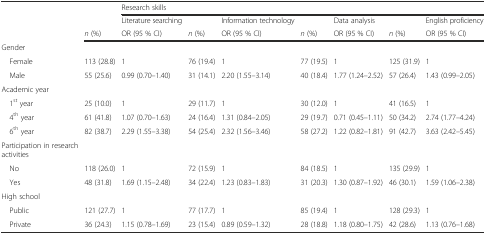
<table><thead><tr><td></td><td></td><td colspan="7"><b>Research skills</b></td></tr><tr><td rowspan="2"></td><td></td><td><b>Literature searching</b></td><td></td><td><b>Information technology</b></td><td></td><td><b>Data analysis</b></td><td></td><td><b>English proficiency</b></td></tr><tr><td><b><i>n</i> (%)</b></td><td><b>OR (95 % CI)</b></td><td><b><i>n</i> (%)</b></td><td><b>OR (95 % CI)</b></td><td><b><i>n</i> (%)</b></td><td><b>OR (95 % CI)</b></td><td><b><i>n</i> (%)</b></td><td><b>OR (95 % CI)</b></td></tr></thead><tbody><tr><td>Gender</td><td></td><td></td><td></td><td></td><td></td><td></td><td></td><td></td></tr><tr><td> Female</td><td>113 (28.8)</td><td>1</td><td>76 (19.4)</td><td>1</td><td>77 (19.5)</td><td>1</td><td>125 (31.9)</td><td>1</td></tr><tr><td> Male</td><td>55 (25.6)</td><td>0.99 (0.70–1.40)</td><td>31 (14.1)</td><td>2.20 (1.55–3.14)</td><td>40 (18.4)</td><td>1.77 (1.24–2.52)</td><td>57 (26.4)</td><td>1.43 (0.99–2.05)</td></tr><tr><td>Academic year</td><td></td><td></td><td></td><td></td><td></td><td></td><td></td><td></td></tr><tr><td> 1<sup>st</sup> year</td><td>25 (10.0)</td><td>1</td><td>29 (11.7)</td><td>1</td><td>30 (12.0)</td><td>1</td><td>41 (16.5)</td><td>1</td></tr><tr><td> 4<sup>th</sup> year</td><td>61 (41.8)</td><td>1.07 (0.70–1.63)</td><td>24 (16.4)</td><td>1.31 (0.84–2.05)</td><td>29 (19.7)</td><td>0.71 (0.45–1.11)</td><td>50 (34.2)</td><td>2.74 (1.77–4.24)</td></tr><tr><td> 6<sup>th</sup> year</td><td>82 (38.7)</td><td>2.29 (1.55–3.38)</td><td>54 (25.4)</td><td>2.32 (1.56–3.46)</td><td>58 (27.2)</td><td>1.22 (0.82–1.81)</td><td>91 (42.7)</td><td>3.63 (2.42–5.45)</td></tr><tr><td>Participation in research activities</td><td></td><td></td><td></td><td></td><td></td><td></td><td></td><td></td></tr><tr><td> No</td><td>118 (26.0)</td><td>1</td><td>72 (15.9)</td><td>1</td><td>84 (18.5)</td><td>1</td><td>135 (29.9)</td><td>1</td></tr><tr><td> Yes</td><td>48 (31.8)</td><td>1.69 (1.15–2.48)</td><td>34 (22.4)</td><td>1.23 (0.83–1.83)</td><td>31 (20.3)</td><td>1.30 (0.87–1.92)</td><td>46 (30.1)</td><td>1.59 (1.06–2.38)</td></tr><tr><td>High school</td><td></td><td></td><td></td><td></td><td></td><td></td><td></td><td></td></tr><tr><td> Public</td><td>121 (27.7)</td><td>1</td><td>77 (17.7)</td><td>1</td><td>85 (19.4)</td><td>1</td><td>128 (29.3)</td><td>1</td></tr><tr><td> Private</td><td>36 (24.3)</td><td>1.15 (0.78–1.69)</td><td>23 (15.4)</td><td>0.89 (0.59–1.32)</td><td>28 (18.8)</td><td>1.18 (0.80–1.75)</td><td>42 (28.6)</td><td>1.13 (0.76–1.68)</td></tr></tbody></table>